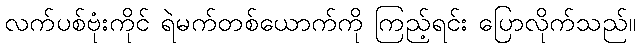
လက်ပစ်ဗုံးကိုင် ရဲမက်တစ်ယောက်ကို ကြည့်ရင်း ပြောလိုက်သည်။